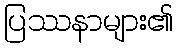
ပြဿနာများ၏